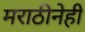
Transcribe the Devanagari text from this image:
मराठीनेही